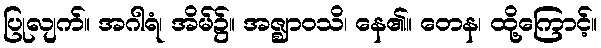
ပြုလျက်။ အဂါရံ၊ အိမ်၌။ အဇ္ဈာဝသိ၊ နေ၏။ တေန၊ ထို့ကြောင့်။